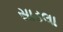
સાડલા